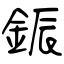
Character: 鋠